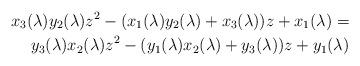
LaTeX: \begin{align*}x_3(\lambda)y_2(\lambda)z^2-(x_1(\lambda)y_2(\lambda)+x_3(\lambda))z+x_1(\lambda)=&~\\\;y_3(\lambda)x_2(\lambda)z^2-(y_1(\lambda)x_2(\lambda)+y_3(\lambda))z+y_1(\lambda) &\end{align*}